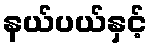
နယ်ပယ်နှင့်